画像に写った文字を読んでください
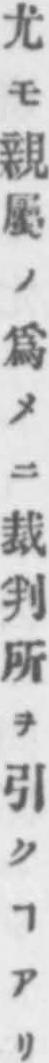
「尤モ親屬ノ爲メニ裁判所ヲ引クヿアリ」と書いてあります